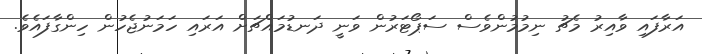
އަރާފައި ވާއިރު މެޗު ނިމުމުންވެސް ސަޕޯޓަރުން ވަނީ ދަނޑުމައްޗަށް އަރައި ހަމަނުޖެހުން ހިންގާފައެވެ.